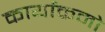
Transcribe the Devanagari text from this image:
कार्याक्रमो